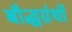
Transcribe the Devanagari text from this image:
बौद्धग्रंथों